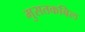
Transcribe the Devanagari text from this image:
मुसतकबिल